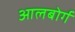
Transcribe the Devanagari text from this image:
आलबोर्ग